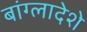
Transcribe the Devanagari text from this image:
बांग्लादेशे